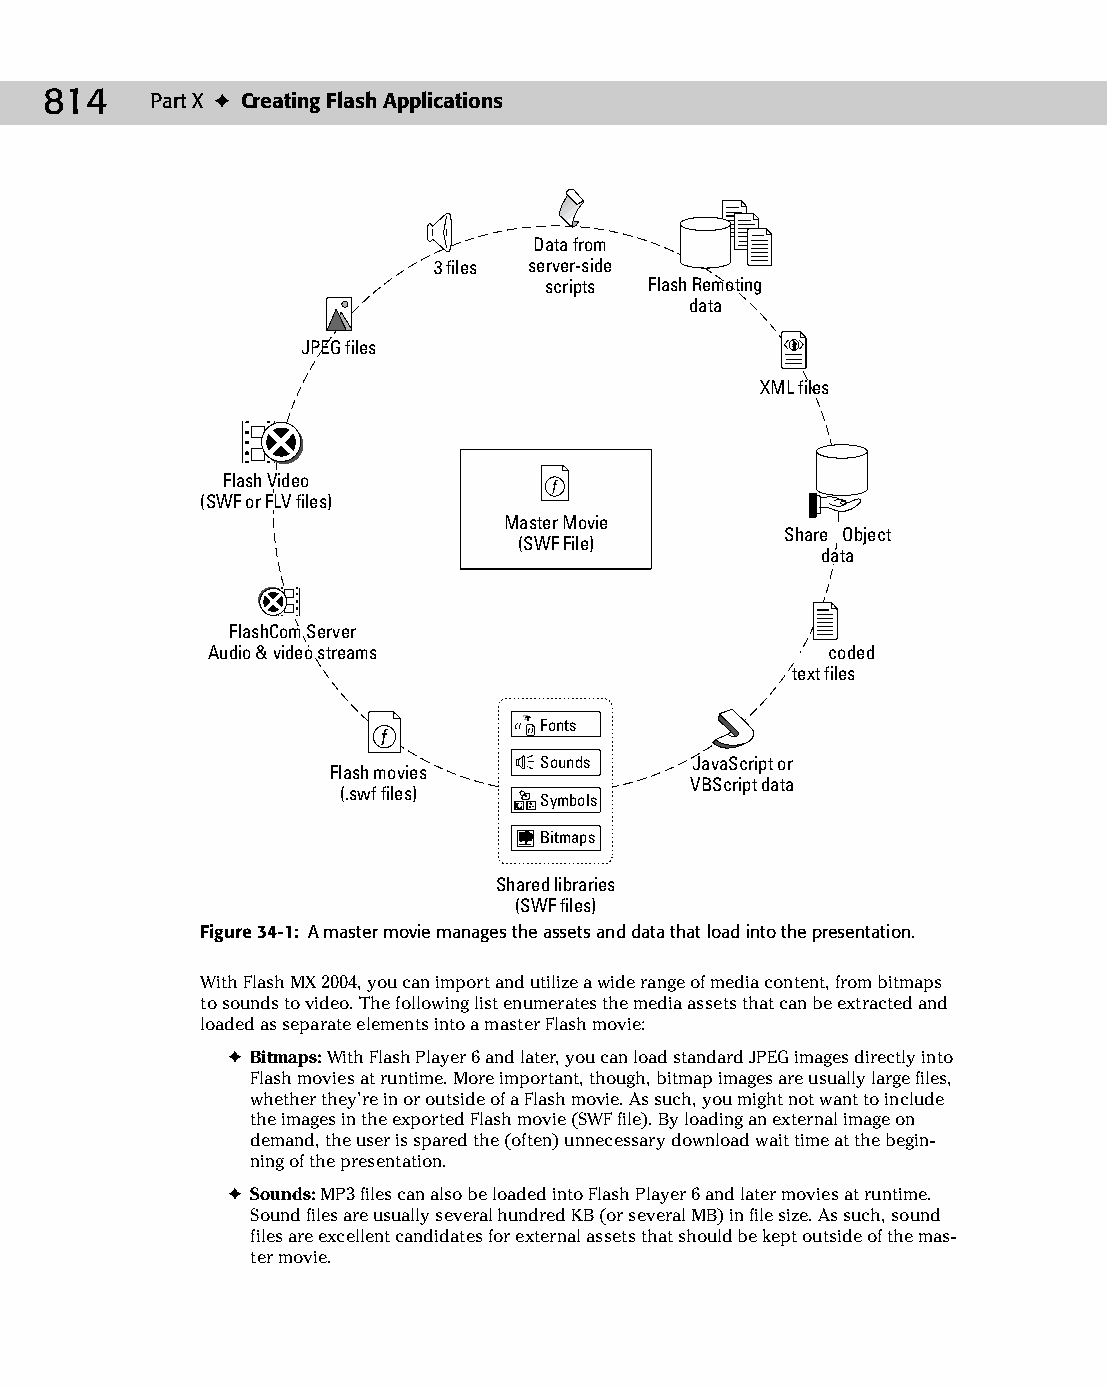
45 543547 ch34.qxd 3/24/04 4:15 PM Page 814
 814    Part X ✦ Creating Flash Applications
 Data from  Data
 MMPP33 ffiilleess server-side
 scripts FFllaasshh RReemmoottiinngg
 ddaattaa
 JJPPEEGG ffiilleess
 XXMMLL ffiilleess
 FFllaasshh VViiddeeoo ƒ
 ((SSWWFF oorr FFLLVV ffiilleess))
 Master Movie
 SShhaarreedd OObbjjeecctt
 (SWF File)
 ddaatt aa
 FFllaasshhCCoomm SS eerrvveerr
 AAuuddiioo && vviiddeeoo ssttrreeaammss UURRLL--eennc cooddeedd
 tteex xtt ffiilleess
 Fonts
 ƒ
 Sounds    JavaScript or
 Flash movies
 VBScript data
 (.swf files)
 Symbols
 Bitmaps
 Shared libraries
 (SWF files)
 Figure 34-1: A master movie manages the assets and data that load into the presentation.
 With Flash MX 2004, you can import and utilize a wide range of media content, from bitmaps
 to sounds to video. The following list enumerates the media assets that can be extracted and
 loaded as separate elements into a master Flash movie:
 ✦ Bitmaps: With Flash Player 6 and later, you can load standard JPEG images directly into
 Flash movies at runtime. More important, though, bitmap images are usually large files,
 whether they’re in or outside of a Flash movie. As such, you might not want to include
 the images in the exported Flash movie (SWF file). By loading an external image on
 demand, the user is spared the (often) unnecessary download wait time at the begin­
 ning of the presentation.
 ✦ Sounds: MP3 files can also be loaded into Flash Player 6 and later movies at runtime.
 Sound files are usually several hundred KB (or several MB) in file size. As such, sound
 files are excellent candidates for external assets that should be kept outside of the mas­
 ter movie.